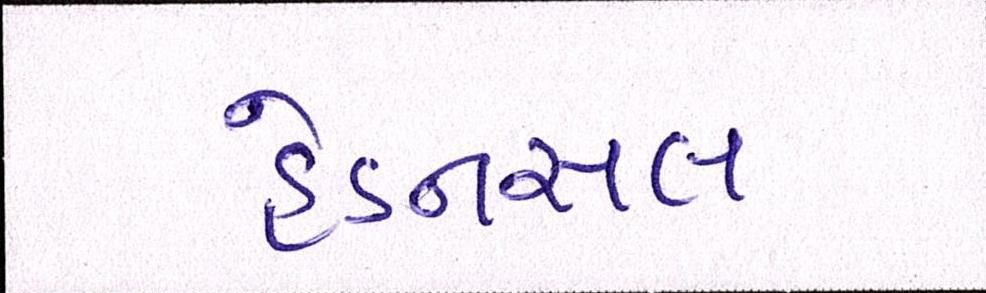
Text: હેડનસલ